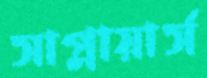
সাপ্লায়ার্স